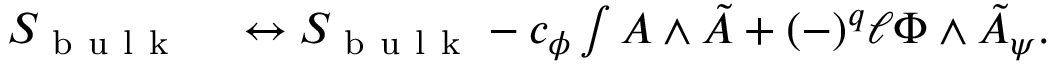
\begin{array} { r l } { S _ { \mathrm { ~ b ~ u ~ l ~ k ~ } } } & { { } \leftrightarrow S _ { \mathrm { ~ b ~ u ~ l ~ k ~ } } - c _ { \phi } \int A \wedge \tilde { A } + ( - ) ^ { q } \ell \Phi \wedge \tilde { A } _ { \psi } . } \end{array}